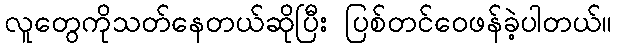
လူတွေကိုသတ်နေတယ်ဆိုပြီး ပြစ်တင်ဝေဖန်ခဲ့ပါတယ်။